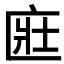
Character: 𫧔